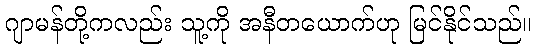
ဂျာမန်တို့ကလည်း သူ့ကို အနီတယောက်ဟု မြင်နိုင်သည်။